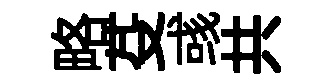
略芟彧共